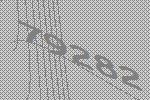
79282